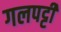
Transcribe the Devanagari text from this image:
गलपट्टी